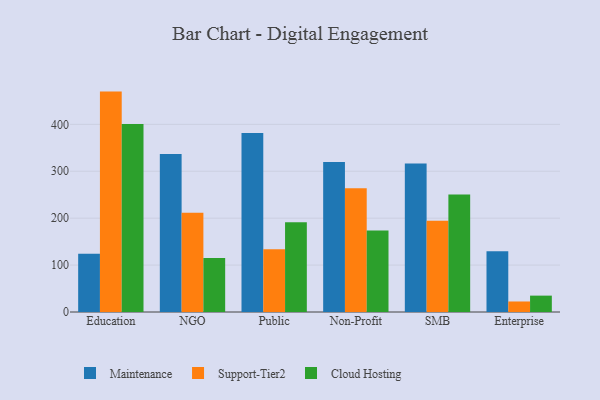
{"axis": {"x": "Segment", "y": "Energy Usage (MWh)"}, "legend": ["Cloud Hosting", "Maintenance", "Support-Tier2"], "data": [{"x": "Education", "y": 124.0, "type": "Maintenance"}, {"x": "Education", "y": 469.8, "type": "Support-Tier2"}, {"x": "Education", "y": 400.7, "type": "Cloud Hosting"}, {"x": "NGO", "y": 336.6, "type": "Maintenance"}, {"x": "NGO", "y": 211.7, "type": "Support-Tier2"}, {"x": "NGO", "y": 115.3, "type": "Cloud Hosting"}, {"x": "Public", "y": 381.8, "type": "Maintenance"}, {"x": "Public", "y": 133.6, "type": "Support-Tier2"}, {"x": "Public", "y": 191.5, "type": "Cloud Hosting"}, {"x": "Non-Profit", "y": 319.8, "type": "Maintenance"}, {"x": "Non-Profit", "y": 263.8, "type": "Support-Tier2"}, {"x": "Non-Profit", "y": 173.7, "type": "Cloud Hosting"}, {"x": "SMB", "y": 316.5, "type": "Maintenance"}, {"x": "SMB", "y": 194.4, "type": "Support-Tier2"}, {"x": "SMB", "y": 250.6, "type": "Cloud Hosting"}, {"x": "Enterprise", "y": 129.6, "type": "Maintenance"}, {"x": "Enterprise", "y": 22.4, "type": "Support-Tier2"}, {"x": "Enterprise", "y": 34.9, "type": "Cloud Hosting"}]}